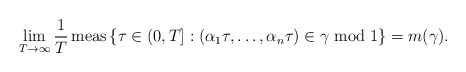
\begin{align*}\lim_{T\to\infty}\frac{1}{T}\operatorname{meas}\left\{\tau\in (0,T]: (\alpha_1\tau,\ldots,\alpha_n\tau)\in\gamma\bmod 1\right\} = m(\gamma).\end{align*}